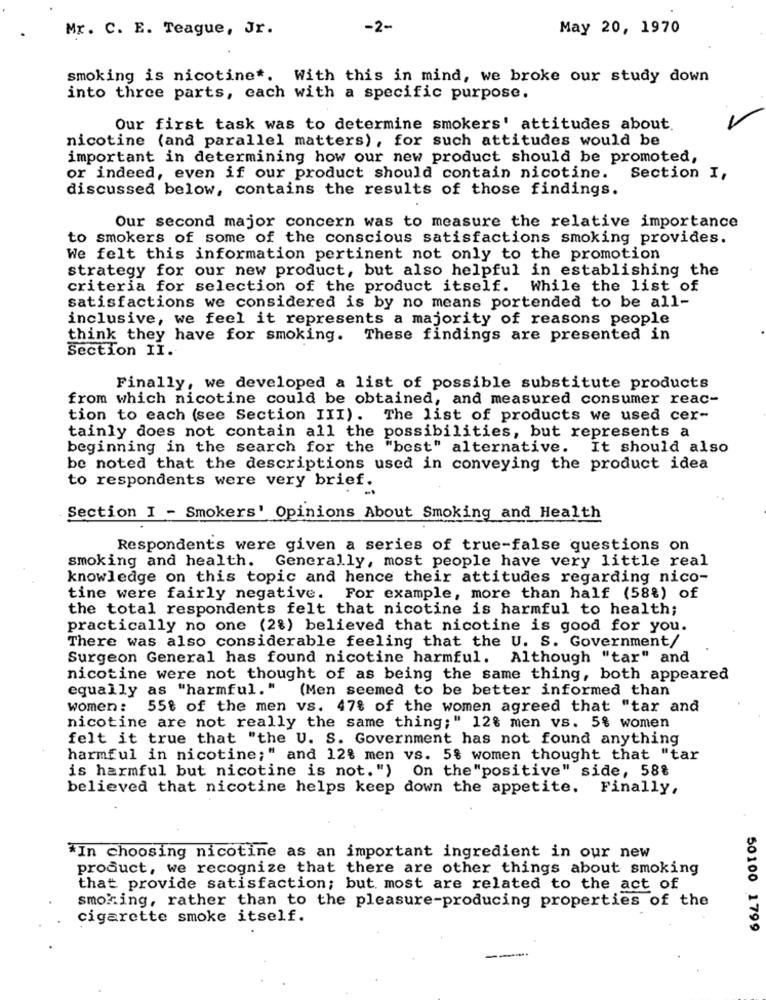
Mr. C. E. Teague, Jr.
-2-
May 20, 1970
smoking is nicotine *. With this in mind, we broke our study down
into three parts, cach with a specific purpose.
Our first task was to determine smokers' attitudes about.
nicotine (and parallel matters), for such attitudes would be
important in determining how our new product should be promoted,
or indeed, even if our product should contain nicotine. Section I,
discussed below, contains the results of those findings.
Our second major concern was to measure the relative importance
to smokers of some of the conscious satisfactions smoking provides.
We felt this information pertinent not only to the promotion
strategy for our new product, but also helpful in establishing the
criteria for selection of the product itself. While the list of
satisfactions we considered is by no means portended to be all-
inclusive, we feel it represents a majority of reasons people
think they have for smoking.
These findings are presented in
Section II.
Finally, we developed a list of possible substitute products
from which nicotine could be obtained, and measured consumer reac-
tion to each (see Section III).
The list of products we used cer-
tainly does not contain all the possibilities, but represents a
beginning in the search for the "best" alternative. It should also
be noted that the descriptions used in conveying the product idea
to respondents were very brief.
Section I - Smokers' Opinions About Smoking and Health
Respondents were given a series of true-false questions on
smoking and health. Generally, most people have very little real
knowledge on this topic and hence their attitudes regarding nico-
tine were fairly negative. For example, more than half (58%) of
the total respondents felt that nicotine is harmful to health;
practically no one (2%) believed that nicotine is good for you.
There was also considerable feeling that the U. S. Government/
Surgeon General has found nicotine harmful. Although "tar" and
nicotine were not thought of as being the same thing, both appeared
equally as "harmful. "
(Men seemed to be better informed than
women :
55% of the men vs. 47% of the women agreed that "tar and
nicotine are not really the same thing;" 12% men vs. 5% women
felt it true that "the U. S. Government has not found anything
harmful in nicotine;" and 12% men vs. 5% women thought that "tar
is harmful but nicotine is not.")
On the"positive" side, 58%
believed that nicotine helps keep down the appetite. Finally,
*In choosing nicotine as an important ingredient in our new
product, we recognize that there are other things about smoking
that provide satisfaction; but most are related to the act of
smoking, rather than to the pleasure-producing properties of the
cigarette smoke itself.
50100 1799